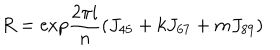
R = { \mathrm { e x p } } \frac { 2 \pi i } { n } \left( J _ { 4 5 } + k J _ { 6 7 } + m J _ { 8 9 } \right)